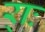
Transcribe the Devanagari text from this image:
र्‍ाः